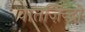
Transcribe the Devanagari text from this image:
वातज़िन्द्रो